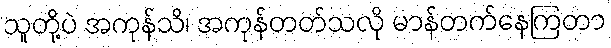
သူတို့ပဲ အကုန်သိ၊ အကုန်တတ်သလို မာန်တက်နေကြတာ